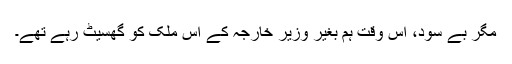
مگر بے سود، اس وقت ہم بغیر وزیر خارجہ کے اس ملک کو گھسیٹ رہے تھے۔